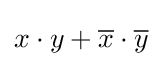
x\cdot y+{\overline {x}}\cdot {\overline {y}}